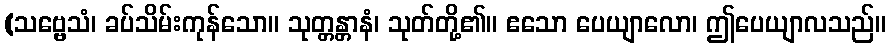
(သဗ္ဗေသံ၊ ခပ်သိမ်းကုန်သော။ သုတ္တန္တာနံ၊ သုတ်တို့၏။ ဧသော ပေယျာလော၊ ဤပေယျာလသည်။